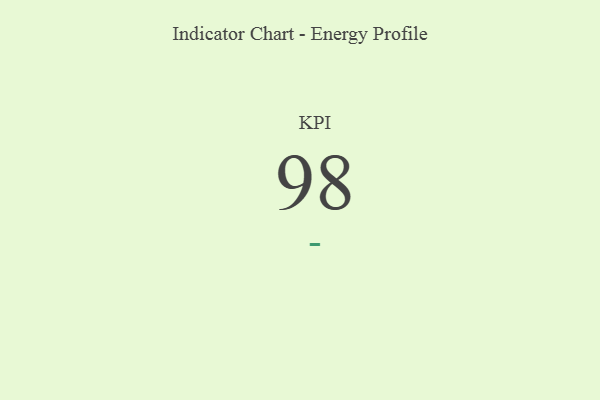
{"axis": {"x": "KPI", "y": "Value"}, "legend": [""], "data": [{"x": "KPI", "y": 98, "type": ""}]}